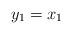
LaTeX: \begin{align*} y_1 = x_1 \end{align*}